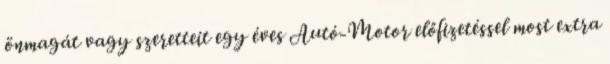
önmagát vagy szeretteit egy éves Autó-Motor előfizetéssel most extra